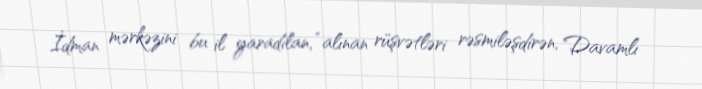
İdman mərkəzini bu il yaradılan, “alınan rüşvətləri rəsmiləşdirən, Davamlı